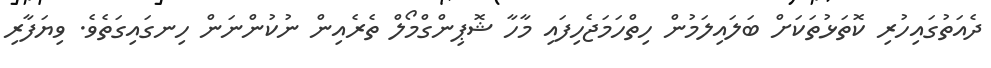
ދެއަތުގައިހުރި ކޮތަޅުތަކަށް ބަލައިލަމުން ހިތްހަމަޖެހިފައި މާހާ ޝޮޕިންގްމޯލް ތެރެއިން ނުކުންނަން ހިނގައިގަތެވެ. ވިޔަފާރި